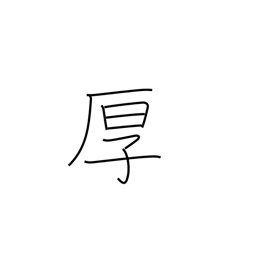
Meaning: cordial